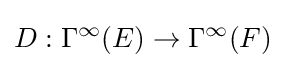
D:\Gamma ^{\infty }(E)\rightarrow \Gamma ^{\infty }(F)